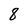
Character: 8